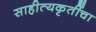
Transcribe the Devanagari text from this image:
साहीत्यकृतींचा